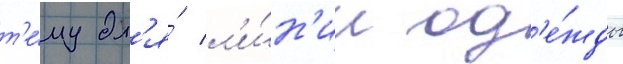
т'е́му дл'я́ л'и́н'ии од'е́жды